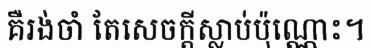
គឺរង់ចាំ តែសេចក្តីស្លាប់ប៉ុណ្ណោះ។